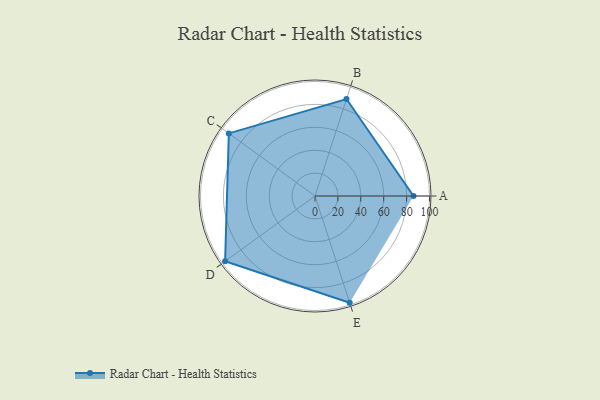
{"axis": {"x": "Skill", "y": "Score"}, "legend": ["Profile"], "data": [{"x": "A", "y": 86.0, "type": "Profile"}, {"x": "B", "y": 89.0, "type": "Profile"}, {"x": "C", "y": 93.0, "type": "Profile"}, {"x": "D", "y": 97.0, "type": "Profile"}, {"x": "E", "y": 98.0, "type": "Profile"}]}